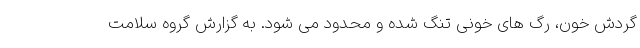
گردش خون، رگ های خونی تنگ شده و محدود می شود. به گزارش گروه سلامت